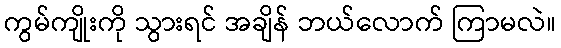
ကွမ်ကျိုးကို သွားရင် အချိန် ဘယ်လောက် ကြာမလဲ။